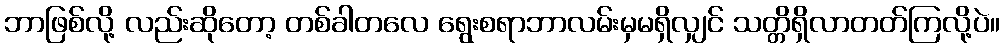
ဘာဖြစ်လို့ လည်းဆိုတော့ တစ်ခါတလေ ရွေးစရာဘာလမ်းမှမရှိလျှင် သတ္တိရှိလာတတ်ကြလို့ပဲ။